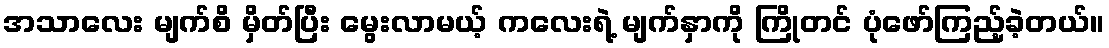
အသာလေး မျက်စိ မှိတ်ပြီး မွေးလာမယ့် ကလေးရဲ့ မျက်နှာကို ကြိုတင် ပုံဖော်ကြည့်ခဲ့တယ်။